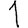
Digit: 1